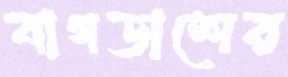
বাগডাশের